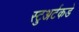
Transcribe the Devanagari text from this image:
स्टुअर्टकडे